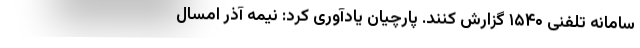
سامانه تلفنی ۱۵۴۰ گزارش کنند. پارچیان یادآوری کرد: نیمه آذر امسال